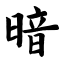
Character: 暗